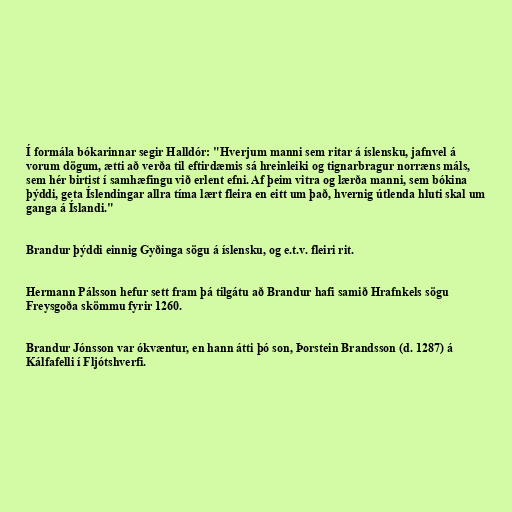
Í formála bókarinnar segir Halldór: "Hverjum manni sem ritar á íslensku, jafnvel á
vorum dögum, ætti að verða til eftirdæmis sá hreinleiki og tignarbragur norræns máls,
sem hér birtist í samhæfingu við erlent efni. Af þeim vitra og lærða manni, sem bókina
þýddi, geta Íslendingar allra tíma lært fleira en eitt um það, hvernig útlenda hluti skal um
ganga á Íslandi."

Brandur þýddi einnig Gyðinga sögu á íslensku, og e.t.v. fleiri rit.

Hermann Pálsson hefur sett fram þá tilgátu að Brandur hafi samið Hrafnkels sögu
Freysgoða skömmu fyrir 1260.

Brandur Jónsson var ókvæntur, en hann átti þó son, Þorstein Brandsson (d. 1287) á
Kálfafelli í Fljótshverfi.